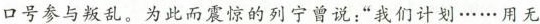
口号参与叛乱。 为此而震惊的列宁曾说：”我们计划······用无